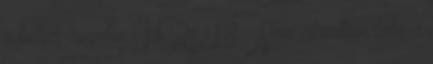
a belga-angolon . Vb 2018: „Nem akartam látni a